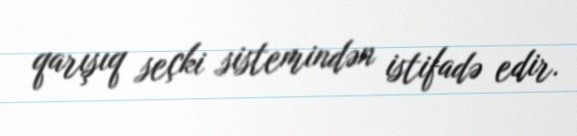
qarışıq seçki sistemindən istifadə edir.